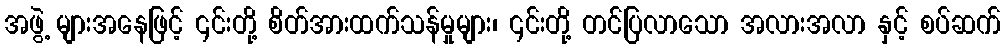
အဖွဲ့ များအနေဖြင့် ၎င်းတို့ စိတ်အားထက်သန်မှုများ၊ ၎င်းတို့ တင်ပြလာသော အလားအလာ နှင့် စပ်ဆက်